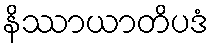
နိဿာယာတိပဒံ